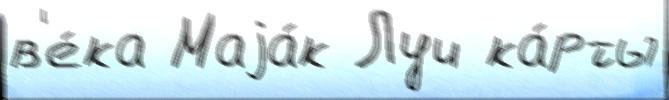
в'е́ка Маjа́к Луч ка́рты